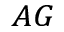
_ { A G }